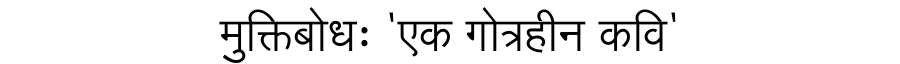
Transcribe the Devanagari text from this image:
मुक्तिबोधः 'एक गोत्रहीन कवि'